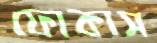
ফোকাস